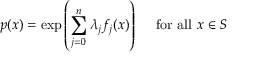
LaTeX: p ( x ) = \exp \left( \sum _ { j = 0 } ^ { n } \lambda _ { j } f _ { j } ( x ) \right) \quad { \mathrm { ~ f o r ~ a l l ~ } } x \in S